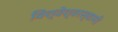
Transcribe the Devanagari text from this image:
विश्वेश्वरस्वामी